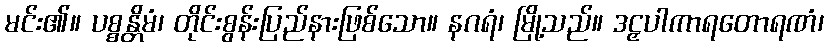
မင်း၏။ ပစ္စန္တိမံ၊ တိုင်းစွန်းပြည်နားဖြစ်သော။ နဂရံ၊ မြို့သည်။ ဒဠှပါကာရတောရဏံ၊